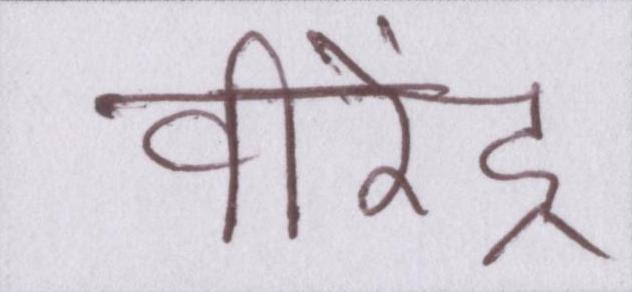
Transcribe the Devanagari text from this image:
वीरेंद्र